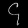
Digit: ၄